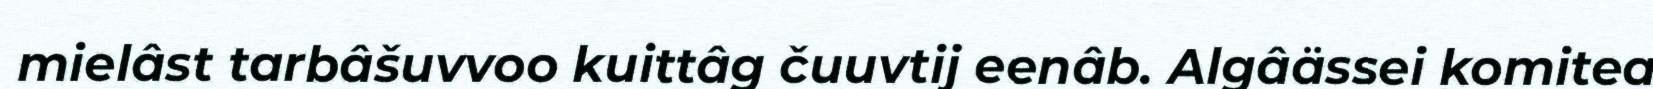
mielâst tarbâšuvvoo kuittâg čuuvtij eenâb. Algâässei komitea